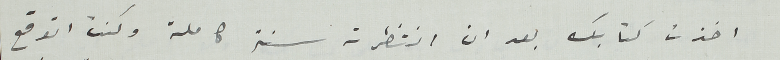
اخذت كتابك بعد ان انتظرت سنة كاملة وكنت اتوقع